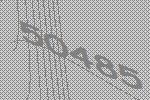
50485